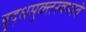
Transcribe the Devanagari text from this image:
बुद्धमुक्तस्वभावे